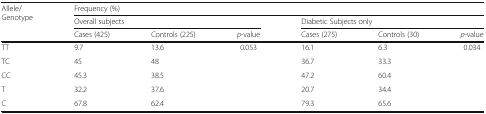
<table><thead><tr><td rowspan="3"><b>Allele/Genotype</b></td><td colspan="6"><b>Frequency (%)</b></td></tr><tr><td colspan="3"><b>Overall subjects</b></td><td colspan="3"><b>Diabetic Subjects only</b></td></tr><tr><td><b>Cases (425)</b></td><td><b>Controls (225)</b></td><td><b><i>p</i>-value</b></td><td><b>Cases (275)</b></td><td><b>Controls (30)</b></td><td><b><i>p</i>-value</b></td></tr></thead><tbody><tr><td>TT</td><td>9.7</td><td>13.6</td><td rowspan="5">0.053</td><td>16.1</td><td>6.3</td><td rowspan="5">0.034</td></tr><tr><td>TC</td><td>45</td><td>48</td><td>36.7</td><td>33.3</td></tr><tr><td>CC</td><td>45.3</td><td>38.5</td><td>47.2</td><td>60.4</td></tr><tr><td>T</td><td>32.2</td><td>37.6</td><td>20.7</td><td>34.4</td></tr><tr><td>C</td><td>67.8</td><td>62.4</td><td>79.3</td><td>65.6</td></tr></tbody></table>